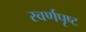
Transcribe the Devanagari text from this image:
स्वर्णपृष्ट